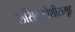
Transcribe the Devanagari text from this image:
लसिकापेशीसमूह